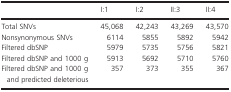
|  | I:1 | I:2 | II:3 | II:4 |
 | --- | --- | --- | --- | --- |
 | Total SNVs | 45,068 | 42,243 | 43,269 | 43,570 |
 | Nonsynonymous SNVs | 6114 | 5855 | 5892 | 5942 |
 | Filtered dbSNP | 5979 | 5735 | 5756 | 5821 |
 | Filtered dbSNP and 1000 g | 5913 | 5692 | 5710 | 5760 |
 | Filtered dbSNP and 1000 g and predicted deleterious | 357 | 373 | 355 | 367 |